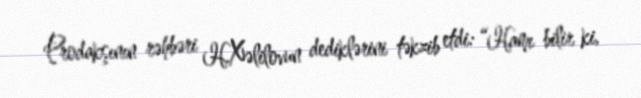
Prodakşının rəhbəri H.Xəlilovun dediklərini təkzib etdi: “Hamı bilir ki,